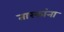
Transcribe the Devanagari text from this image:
तारकांना